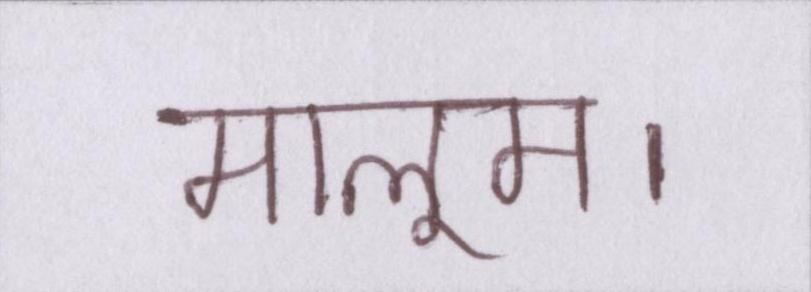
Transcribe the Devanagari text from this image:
मालूम।